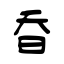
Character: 昋